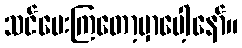
သင်ပေးကြတော့မှာပေါ့နော်။